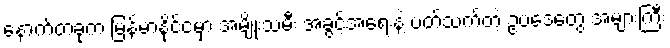
နောက်တခုက မြန်မာနိုင်ငံမှာ အမျိုးသမီး အခွင့်အရေးနဲ့ ပတ်သက်တဲ့ ဥပဒေတွေ အများကြီး